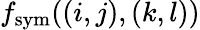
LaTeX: f_{\mathrm{sym}}((i,j),(k,l))